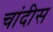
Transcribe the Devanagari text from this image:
चांदीस